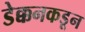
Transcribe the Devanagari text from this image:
डेक्कनकडून